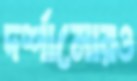
দর্শানোরও